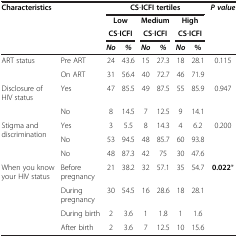
| <COLSPAN=2> Characteristics | <COLSPAN=6> CS-ICFI tertiles | P value |
 | <COLSPAN=2>  | <COLSPAN=2> Low | <COLSPAN=2> Medium | <COLSPAN=2> High |  |
 | <COLSPAN=2>  | <COLSPAN=2> CS-ICFI | <COLSPAN=2> CS-ICFI | <COLSPAN=2> CS-ICFI |  |
 | <COLSPAN=2>  | No | % | No | % | No | % |  |
 | --- | --- | --- | --- | --- | --- | --- | --- | --- |
 | ART status | Pre ART | 24 | 43.6 | 15 | 27.3 | 18 | 28.1 | 0.115 |
 |  | On ART | 31 | 56.4 | 40 | 72.7 | 46 | 71.9 |  |
 | Disclosure of HIV status | Yes | 47 | 85.5 | 49 | 87.5 | 55 | 85.9 | 0.947 |
 |  | No | 8 | 14.5 | 7 | 12.5 | 9 | 14.1 |  |
 | <ROWSPAN=2> Stigma and discrimination | Yes | 3 | 5.5 | 8 | 14.3 | 4 | 6.2 | 0.200 |
 | No | 53 | 94.5 | 48 | 85.7 | 60 | 93.8 |  |
 |  | No | 48 | 87.3 | 42 | 75 | 30 | 47.6 |  |
 | When you know your HIV status | Before pregnancy | 21 | 38.2 | 32 | 57.1 | 35 | 54.7 | 0.022* |
 |  | During pregnancy | 30 | 54.5 | 16 | 28.6 | 18 | 28.1 |  |
 |  | During birth | 2 | 3.6 | 1 | 1.8 | 1 | 1.6 |  |
 |  | After birth | 2 | 3.6 | 7 | 12.5 | 10 | 15.6 |  |